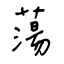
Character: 蕩